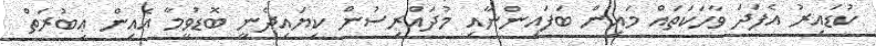
ކުޑައިރު އެފަދަ ވާހަކަތައް މައިން ބަފައިންނާއި މުދައްރިސުން ކިޔައިދެނީ ބޮޑުވީމާ އެއިން ޢިބުރަތް